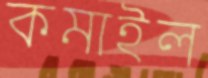
কমাইল